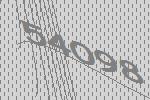
54098